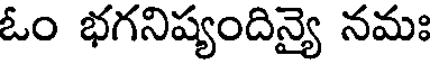
ఓం భగనిష్యందిన్యై నమః